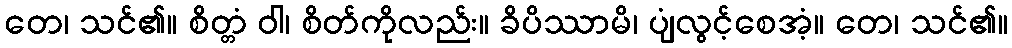
တေ၊ သင်၏။ စိတ္တံ ဝါ၊ စိတ်ကိုလည်း။ ခိပိဿာမိ၊ ပျံလွင့်စေအံ့။ တေ၊ သင်၏။